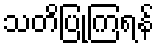
သတိပြုကြရန်